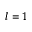
l = 1